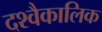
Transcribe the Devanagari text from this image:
दश्वैकालिक